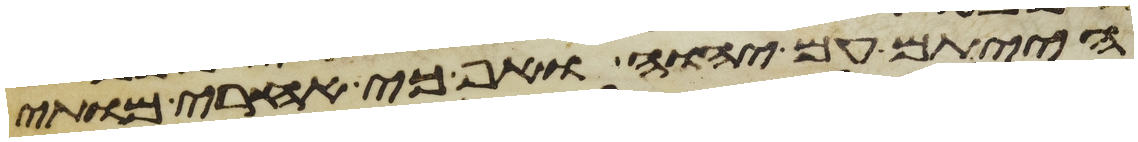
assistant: הייתם עם יהוה ואף כי אחרי מותי